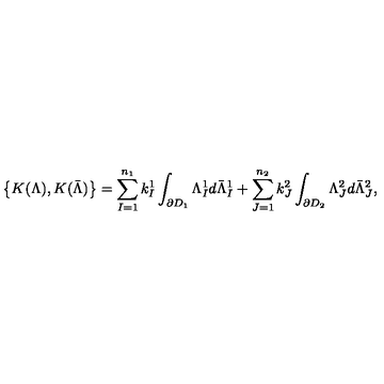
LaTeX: \left\{ K ( \Lambda ) , K ( \bar { \Lambda } ) \right\} = \sum _ { I = 1 } ^ { n _ { 1 } } k _ { I } ^ { 1 } \int _ { \partial D _ { 1 } } \Lambda _ { I } ^ { 1 } d \bar { \Lambda } _ { I } ^ { 1 } + \sum _ { J = 1 } ^ { n _ { 2 } } k _ { J } ^ { 2 } \int _ { \partial D _ { 2 } } \Lambda _ { J } ^ { 2 } d \bar { \Lambda } _ { J } ^ { 2 } ,